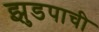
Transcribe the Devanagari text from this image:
झुडपाची